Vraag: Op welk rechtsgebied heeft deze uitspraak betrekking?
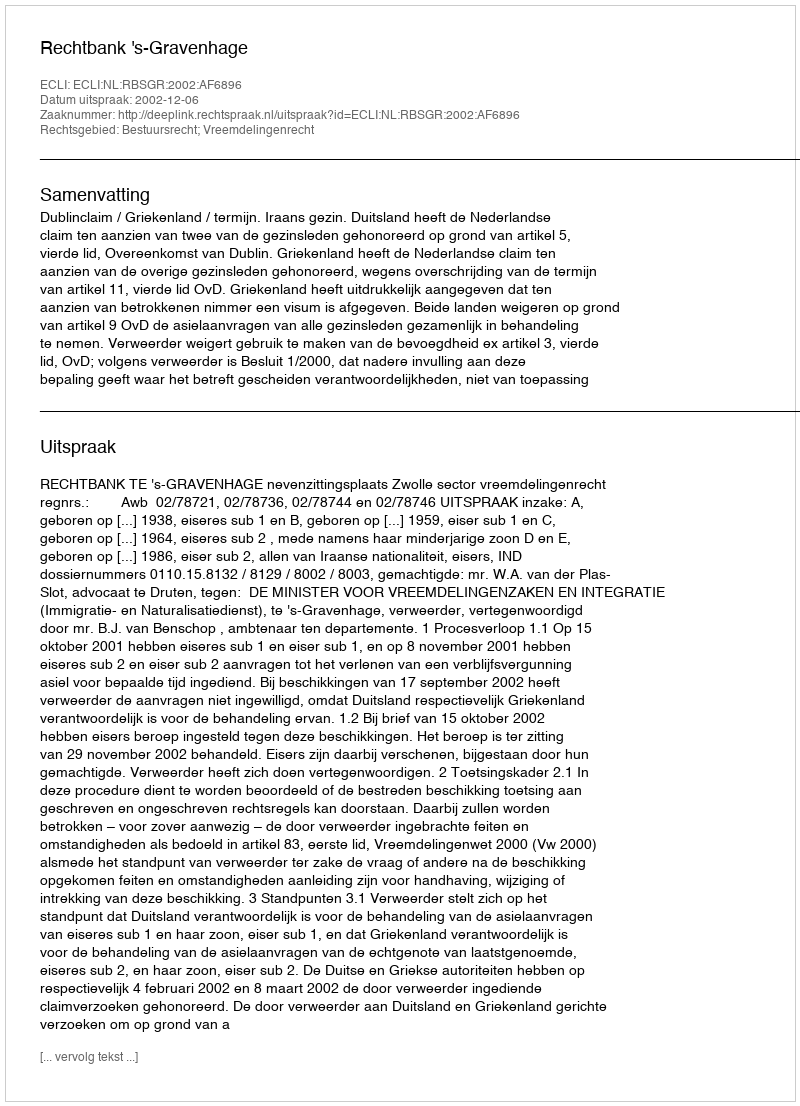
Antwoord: Bestuursrecht; Vreemdelingenrecht